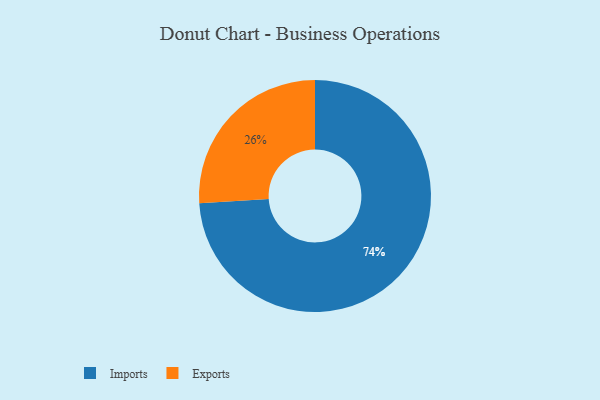
{"axis": {"x": "Category", "y": "Percentage"}, "legend": ["Exports", "Imports"], "data": [{"x": "Exports", "y": 26, "type": "Exports"}, {"x": "Imports", "y": 74, "type": "Imports"}]}